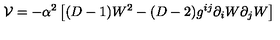
\mathcal { V } = - \alpha ^ { 2 } \left[ ( D - 1 ) W ^ { 2 } - ( D - 2 ) g ^ { i j } \partial _ { i } W \partial _ { j } W \right]